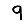
Digit: 9